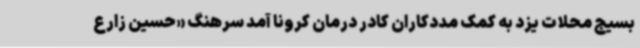
بسیج محلات یزد به کمک مددکاران کادر درمان کرونا آمد سرهنگ «حسین زارع